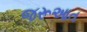
જરૂઆત